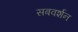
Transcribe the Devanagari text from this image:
सबवर्शन